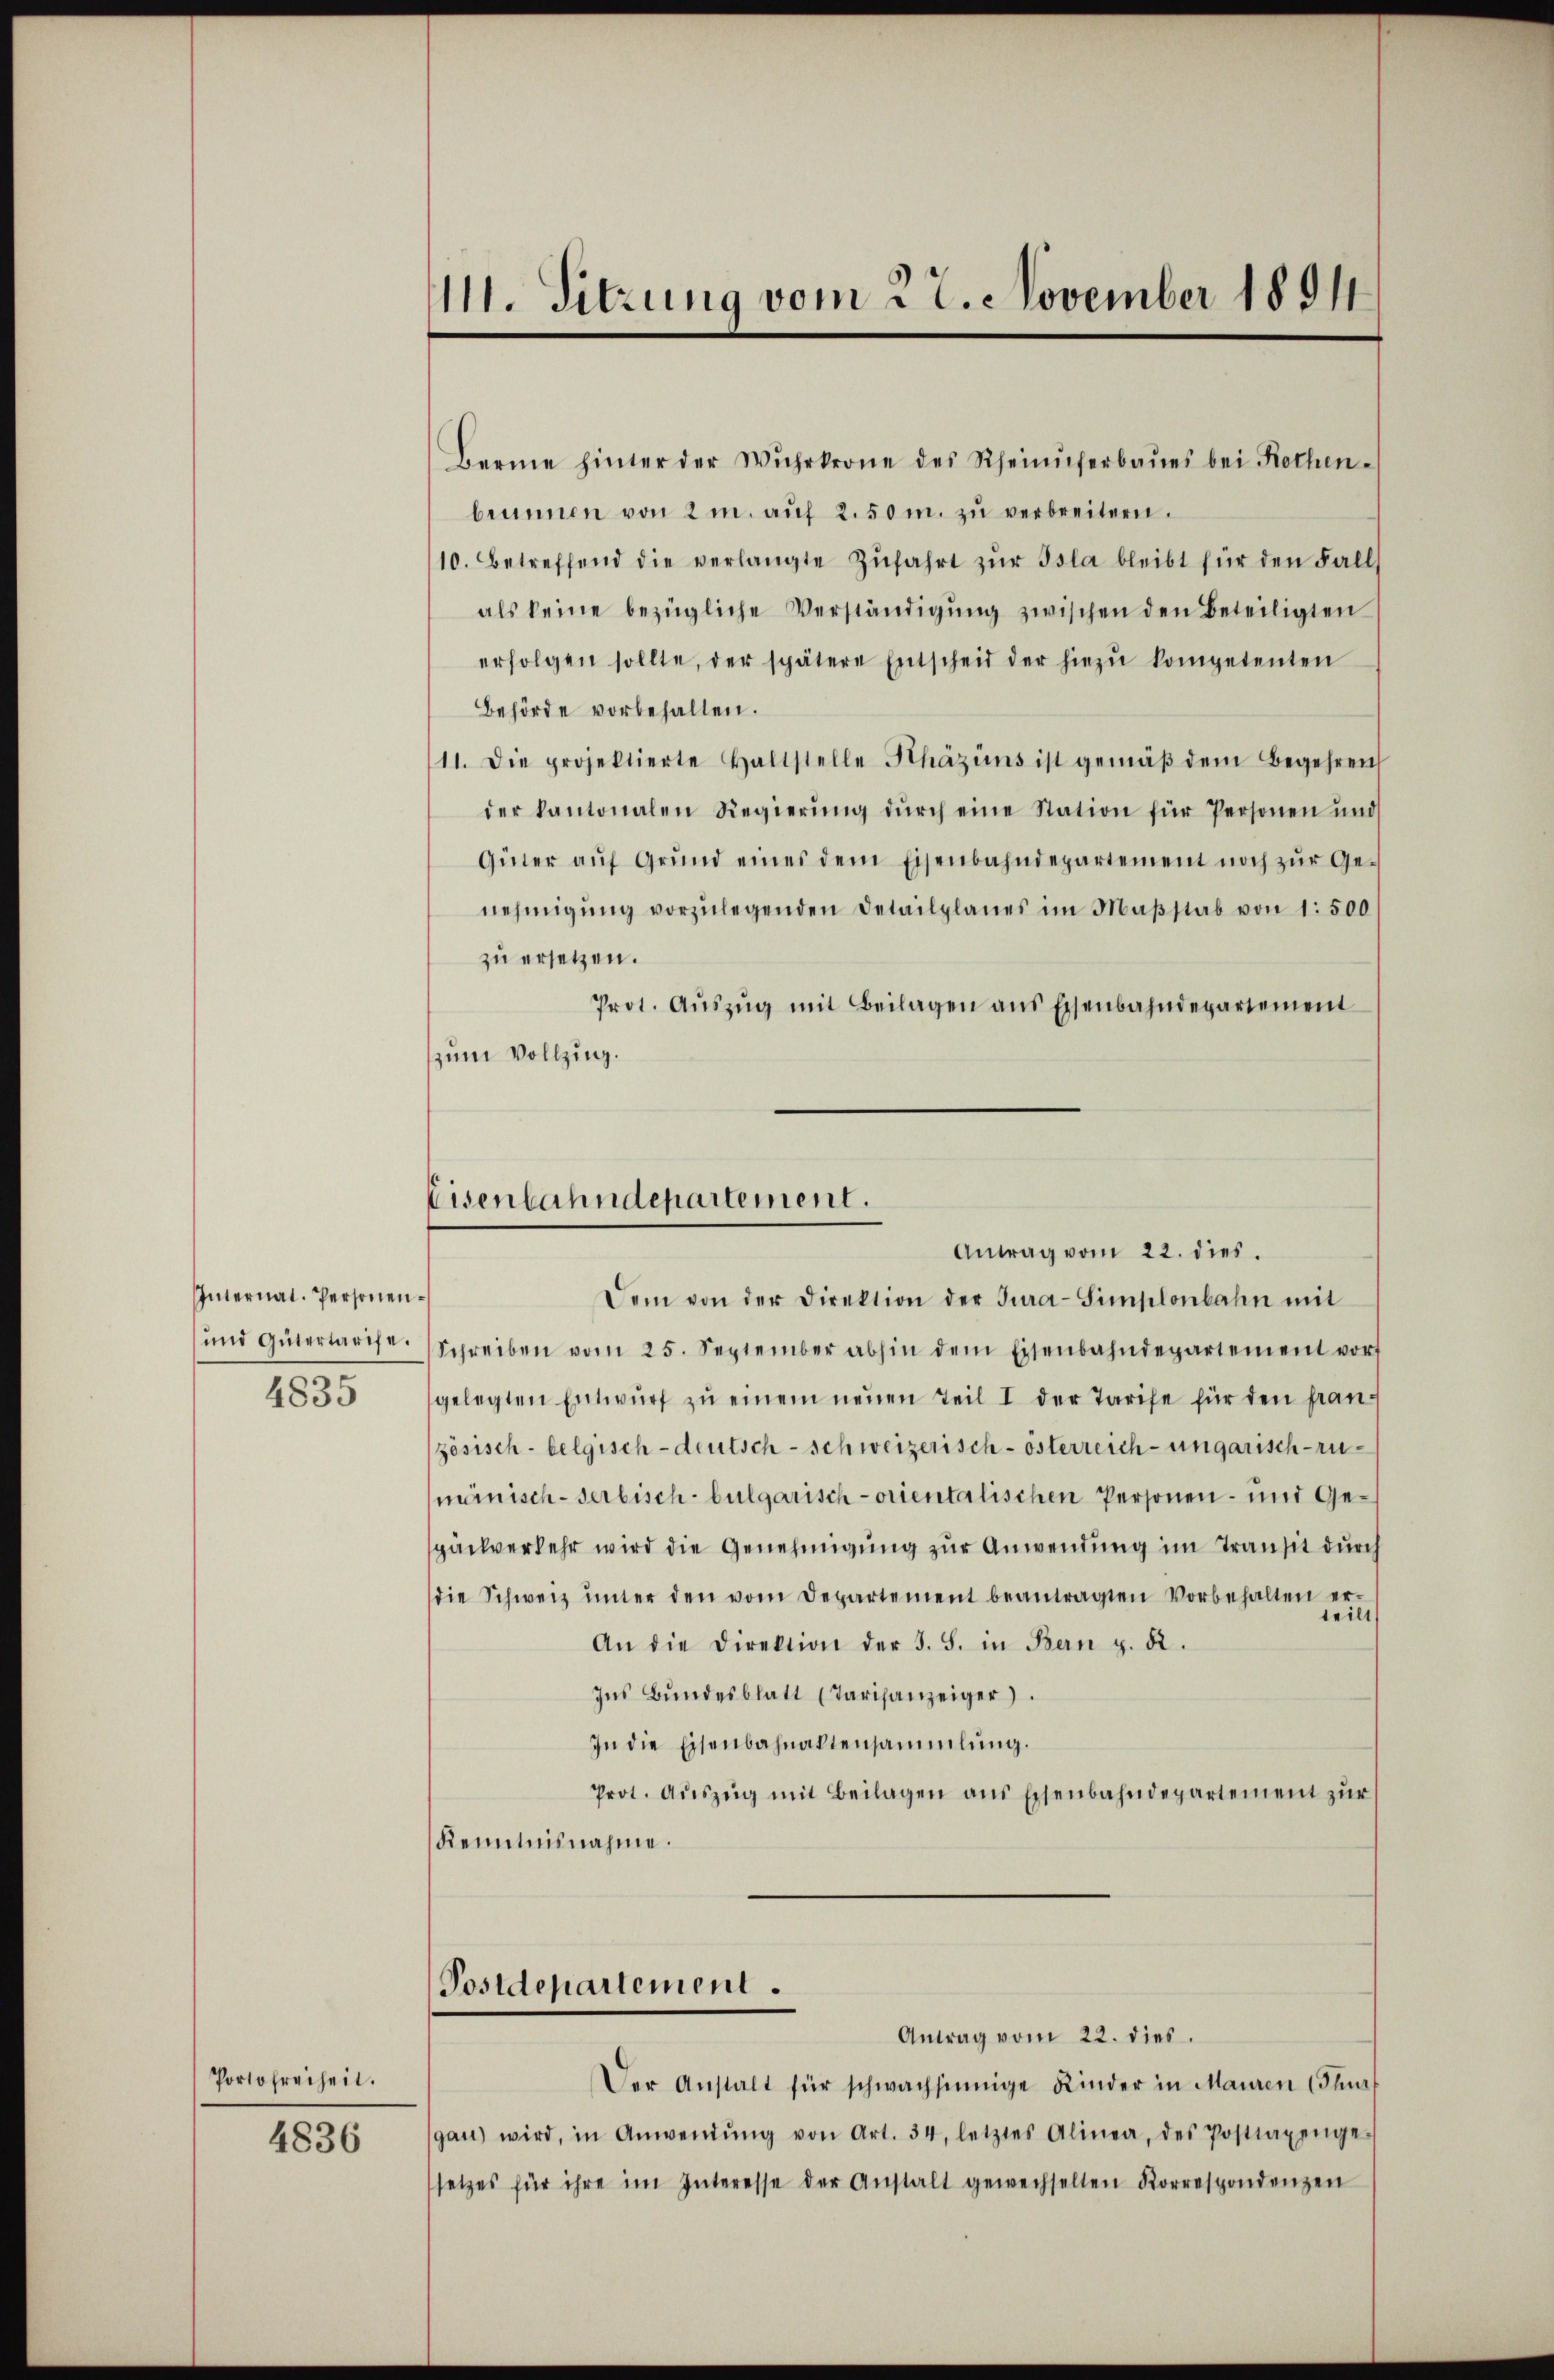
Internal-Personen¬
und Gütertarise.
4835

Portofreiheit.

4836

111. Sitzung vom 22. November 1891.

Berne hinter der Wŭhrkrone des Rheinuferbaŭes bei Rothen-
brunnen von 2 m. aŭf 2.50 m. zŭ verbreitern.
10. Betreffend die verlangte Zŭfahrt zŭr Isla bleibt für den Fall
als keine bezügliche Verständigŭng zwischen den Beteiligten
erfolgen sollte, der spätere Entscheid der hiezŭ kompetenten
Behörde vorbehalten.
11. Die projektierte Haltstelle Khäzins ist gemäβ dem Begehren
der kantonalen Regierŭng dŭrch eine Station für Personen und
Güter aŭf Grŭnd eines dem Eisenbahndepartement noch zŭr Ge-
nehmigŭng vorzŭlegenden Detailplanes im Maβstab von 1500
zu ersetzen.
Prot. Aŭszŭg mit Beilagen ans Eisenbahndepartement
zum Vollzug.
Eisenbahndepartement.
Antrag vom 22. dies
Dem von der Direktion der Jura-Simplonbahn mit
Schreiben vom 25. September abhin dem Eisenbahndepartement vort
gelegten Entwŭrf zŭ einem neŭen Teil I der Tarife für den fran-
zösisch-belgisch-deutsch-schweizerisch-österreich-ungarisch-rumänisch-serbisch - bulgarisch-orientalischen Personen- und Gepäckverkehr wird die Genehmigung zur Anwendung im Transit durch
die Schweiz ŭnter den vom Departement beantragten Vorbehalten er-
teilt
An die Direktion der J. S. in Bern p. 5.
Ins Bŭndesblatt (Tarifanzeiger)
In die Eisenbahnaktensammlung.
Prot. Aŭszŭg mit Beilagen ans Eisenbahndepartement zŭr
Kenntnisnahme.

Postdepartement.

Antrag vom 22. dies
Der Anstalt für schwachsinnige Kinder in Mauren (Suns
gan) wird, in Anwendŭng von Art. 34, letztes Alinea, des Posttaxenge-
setzes für ihre im Interesse der Anstalt gewechselten Korrespondenzen